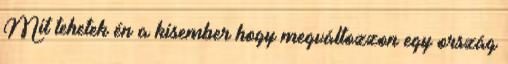
Mit tehetek én a kisember hogy megváltozzon egy ország